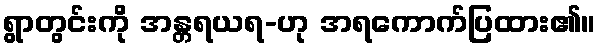
ရွာတွင်းကို အန္တရယရ-ဟု အရကောက်ပြထား၏။